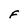
Character: F